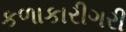
કળાકારીગરી